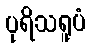
ပုရိသရူပံ